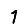
Digit: 1